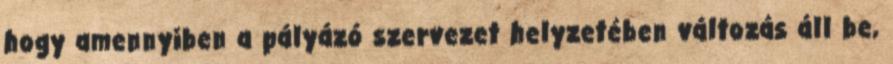
hogy amennyiben a pályázó szervezet helyzetében változás áll be,